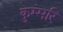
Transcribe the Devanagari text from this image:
कुम्मरि